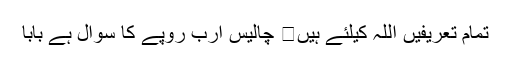
تمام تعریفیں اللہ کیلئے ہیں	 چالیس ارب روپے کا سوال ہے بابا